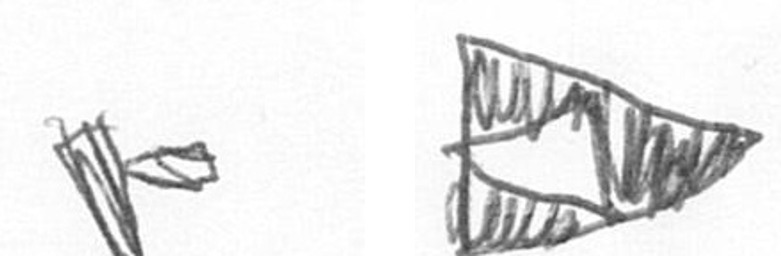
F K